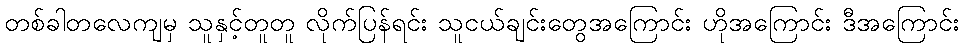
တစ်ခါတလေကျမှ သူနှင့်တူတူ လိုက်ပြန်ရင်း သူငယ်ချင်းတွေအကြောင်း ဟိုအကြောင်း ဒီအကြောင်း